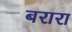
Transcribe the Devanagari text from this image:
बरारा